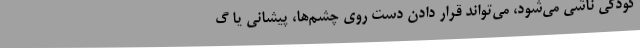
کودکی ناشی می‌شود، می‌تواند قرار دادن دست روی چشم‌ها، پیشانی یا گ